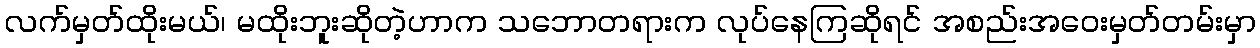
လက်မှတ်ထိုးမယ်၊ မထိုးဘူးဆိုတဲ့ဟာက သဘောတရားက လုပ်နေကြဆိုရင် အစည်းအဝေးမှတ်တမ်းမှာ